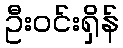
ဦးဝင်းရှိန်